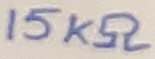
Text: 15KΩ